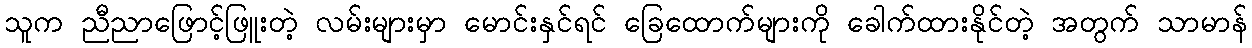
သူက ညီညာဖြောင့်ဖြူးတဲ့ လမ်းများမှာ မောင်းနှင်ရင် ခြေထောက်များကို ခေါက်ထားနိုင်တဲ့ အတွက် သာမာန်